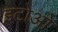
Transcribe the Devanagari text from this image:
इटोओ